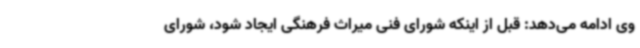
وی ادامه می‌دهد: قبل از اینکه شورای فنی میراث فرهنگی ایجاد شود، شورای